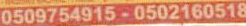
0509754915-0502160518